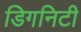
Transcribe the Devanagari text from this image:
डिगनिटी